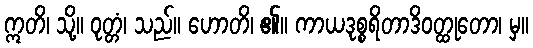
ဣတိ၊ သို့။ ဝုတ္တံ၊ သည်။ ဟောတိ၊ ၏။ ကာယဒုစ္စရိတာဒိဝတ္ထုတော၊ မှ။